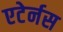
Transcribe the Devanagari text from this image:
एटेर्नस